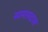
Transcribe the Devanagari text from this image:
सामलदास